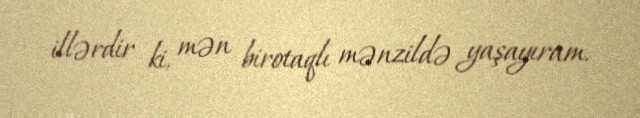
illərdir ki, mən birotaqlı mənzildə yaşayıram.